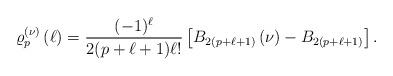
LaTeX: \begin{align*}\varrho_{p}^{\left( \nu \right) }\left( \ell \right) =\frac{(-1)^{\ell}}{2(p+\ell +1)\ell !}\left[ B_{2(p+\ell +1)}\left(\nu\right)-B_{2(p+\ell +1)}\right]. \end{align*}